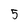
Character: 5